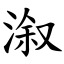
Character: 溆